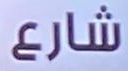
شارع